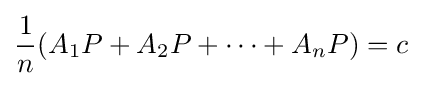
{\frac {1}{n}}(A_{1}P+A_{2}P+\cdots +A_{n}P)=c